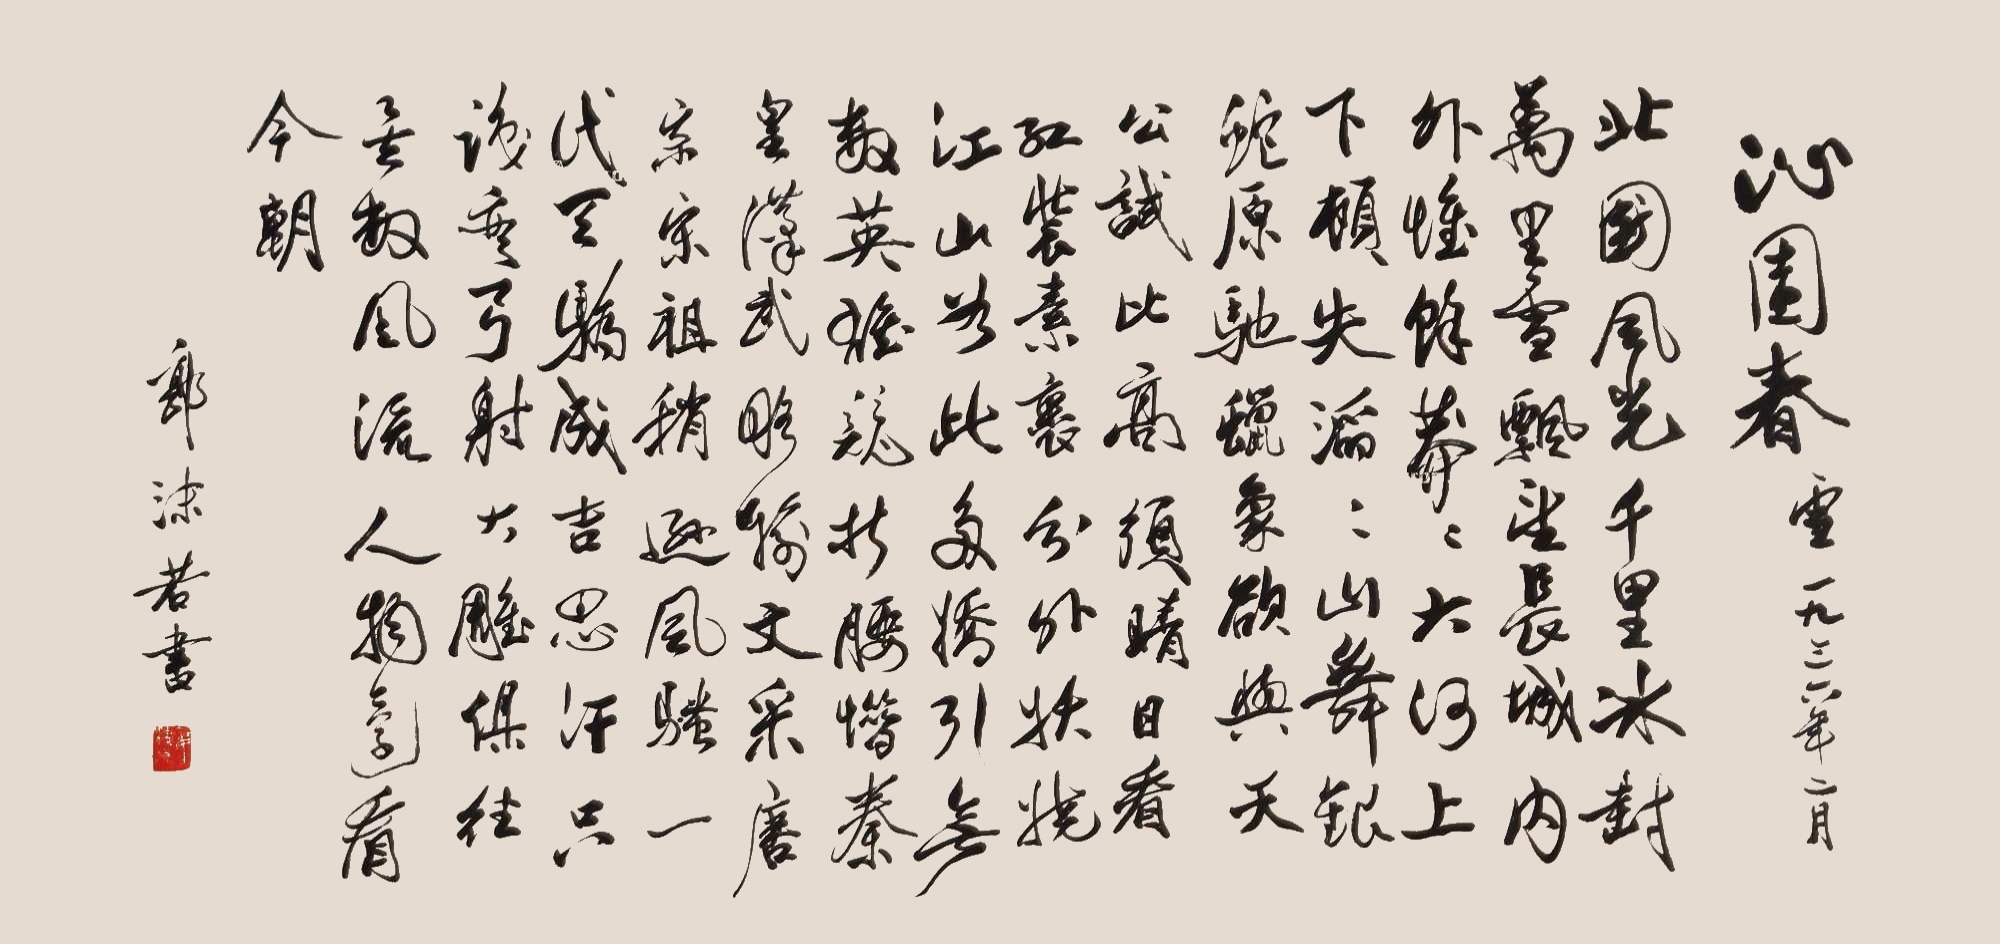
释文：北国风光，千里冰封，万里雪飘。
望长城内外，惟余莽莽；大河上下，顿失滔滔。
山舞银蛇，原驰蜡象，欲与天公试比高。
须晴日，看红装素裹，分外妖娆。
江山如此多娇，引无数英雄竞折腰。
惜秦皇汉武，略输文采；唐宗宋祖，稍逊风骚。
一代天骄，成吉思汗，只识弯弓射大雕。
俱往矣，数风流人物，还看今朝。黄斑较多